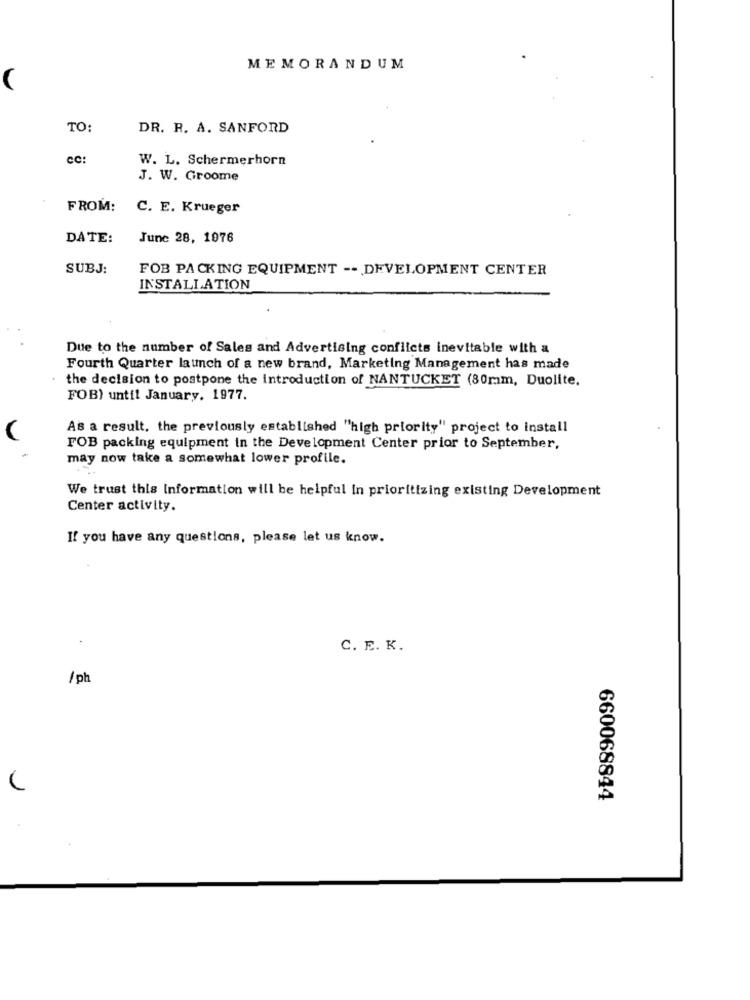
MEMORANDUM
(
TO:
DR. R. A. SANFORD
cc:
W. L. Schermerhorn
J. W. Groome
FROM:
C. E. Krueger
DATE:
June 28, 1976
SUBJ:
FOB PACKING EQUIPMENT -- DEVELOPMENT CENTER
INSTALLATION
Due to the number of Sales and Advertising conflicts inevitable with a
Fourth Quarter launch of a new brand, Marketing Management has made
the decision to postpone the introduction of NANTUCKET (80ram, Duolite.
FOB) until January. 1977.
As a result, the previously established "high priority" project to install
FOB packing equipment in the Development Center prior to September,
may now take a somewhat lower profile.
We trust this Information will be helpful in prioritizing existing Development
Center activity.
If you have any questions, please let us know.
C. E. K.
/ph
660068844